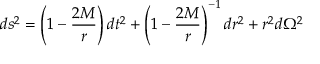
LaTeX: d s ^ { 2 } = \left( 1 - { \frac { 2 M } { r } } \right) d t ^ { 2 } + \left( 1 - { \frac { 2 M } { r } } \right) ^ { - 1 } d r ^ { 2 } + r ^ { 2 } d \Omega ^ { 2 }